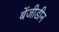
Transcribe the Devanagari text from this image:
बेंजीडीन